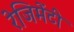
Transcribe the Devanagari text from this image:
रेजिमेंटी